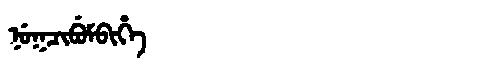
Manchu: ᠨᡠᡴᠴᡳᠪᡠᠮᠪᡳᡥᡝ
Romanization: NUKCIBUMBIHE